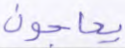
يحاجون